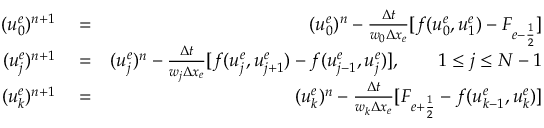
\begin{array} { r l r } { ( u _ { 0 } ^ { e } ) ^ { n + 1 } } & { { } = } & { ( u _ { 0 } ^ { e } ) ^ { n } - \frac { \Delta t } { w _ { 0 } \Delta x _ { e } } [ f ( u _ { 0 } ^ { e } , u _ { 1 } ^ { e } ) - F _ { e - \frac { 1 } { 2 } } ] } \\ { ( u _ { j } ^ { e } ) ^ { n + 1 } } & { { } = } & { ( u _ { j } ^ { e } ) ^ { n } - \frac { \Delta t } { w _ { j } \Delta x _ { e } } [ f ( u _ { j } ^ { e } , u _ { j + 1 } ^ { e } ) - f ( u _ { j - 1 } ^ { e } , u _ { j } ^ { e } ) ] , \qquad 1 \le j \le N - 1 } \\ { ( u _ { k } ^ { e } ) ^ { n + 1 } } & { { } = } & { ( u _ { k } ^ { e } ) ^ { n } - \frac { \Delta t } { w _ { k } \Delta x _ { e } } [ F _ { e + \frac { 1 } { 2 } } - f ( u _ { k - 1 } ^ { e } , u _ { k } ^ { e } ) ] } \end{array}